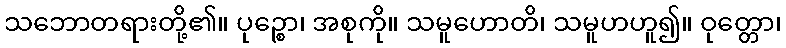
သဘောတရားတို့၏။ ပုဉ္စော၊ အစုကို။ သမူဟောတိ၊ သမူဟဟူ၍။ ဝုတ္တော၊